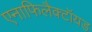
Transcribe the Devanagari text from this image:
एनाफिलैक्टॉयड